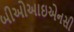
બીઓઆઇએનસી